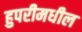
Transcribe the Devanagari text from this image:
हुपरीमधील